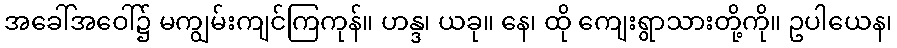
အခေါ်အဝေါ်၌ မကျွမ်းကျင်ကြကုန်။ ဟန္ဒ၊ ယခု။ နေ၊ ထို ကျေးရွာသားတို့ကို။ ဥပါယေန၊